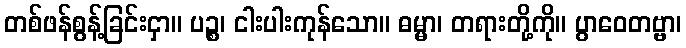
တစ်ဖန်စွန့်ခြင်းငှာ။ ပဉ္စ၊ ငါးပါးကုန်သော။ ဓမ္မာ၊ တရားတို့ကို။ ပွာဝေတဗ္ဗာ၊